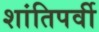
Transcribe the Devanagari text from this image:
शांतिपर्वी